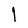
Character: I